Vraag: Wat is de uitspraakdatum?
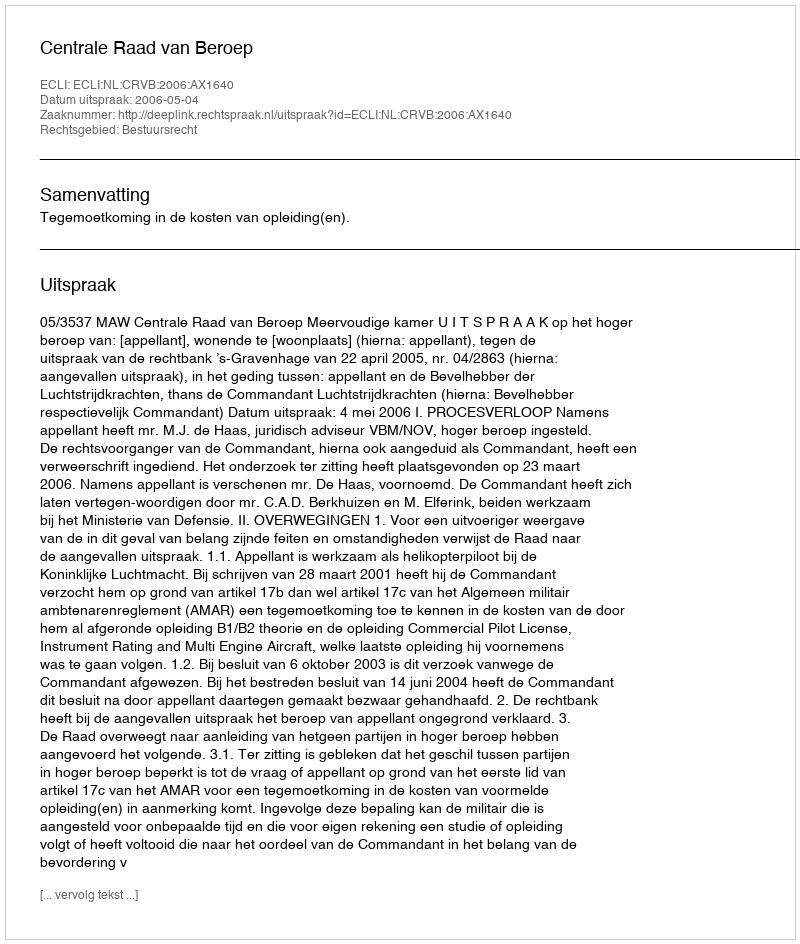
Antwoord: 2006-05-04